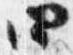
四